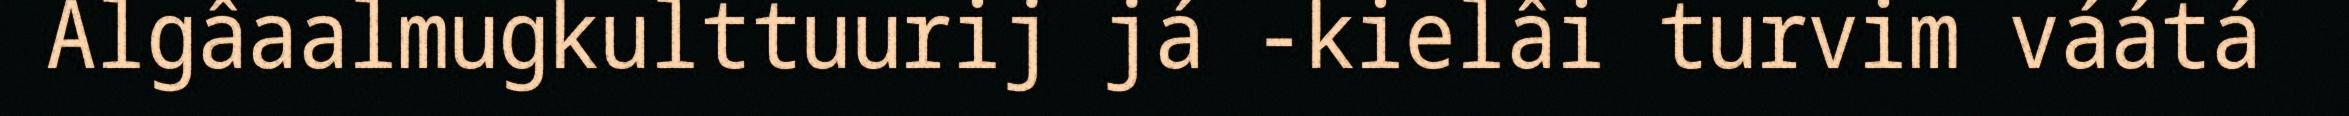
Algâaalmugkulttuurij já -kielâi turvim váátá